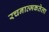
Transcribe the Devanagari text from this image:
रचनात्मकतेला